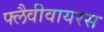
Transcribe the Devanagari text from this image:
फ्लैवीवायरस